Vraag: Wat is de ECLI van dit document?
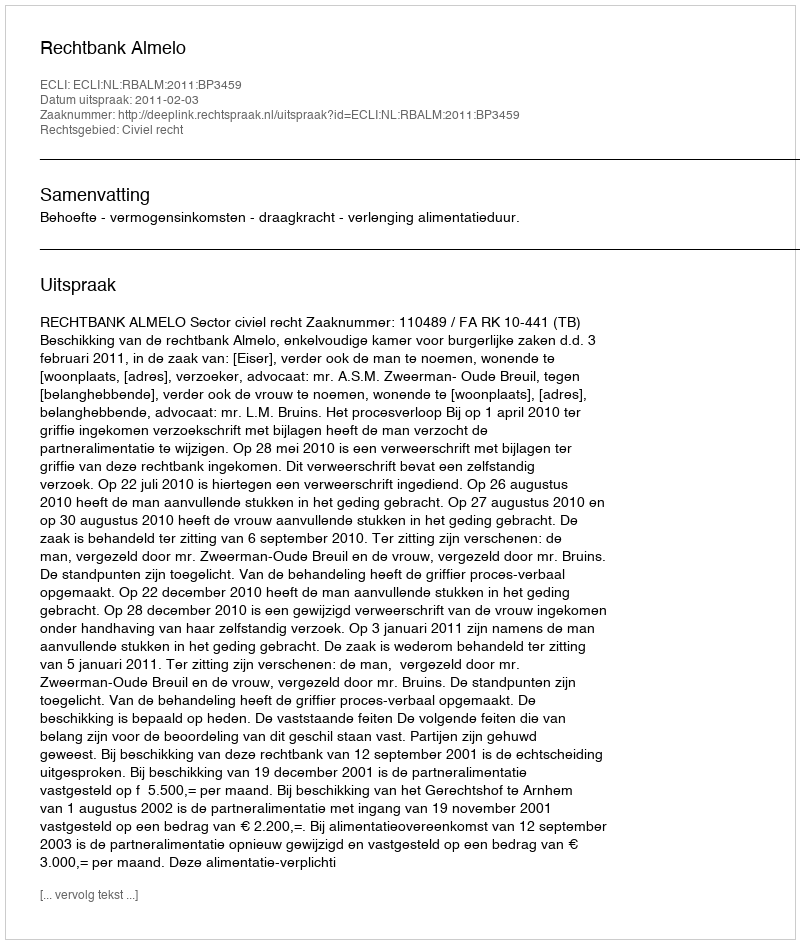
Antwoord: ECLI:NL:RBALM:2011:BP3459